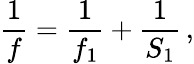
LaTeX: {\frac{1}{f}}={\frac{1}{f_{1}}}+{\frac{1}{S_{1}}}\, ,